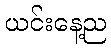
ယင်းနေ့ည